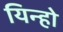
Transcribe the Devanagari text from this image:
यिन्हो